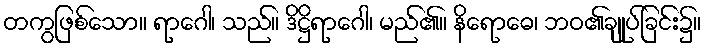
တကွဖြစ်သော။ ရာဂေါ၊ သည်။ ဒိဋ္ဌိရာဂေါ၊ မည်၏။ နိရောဓေ၊ ဘဝ၏ချုပ်ခြင်း၌။